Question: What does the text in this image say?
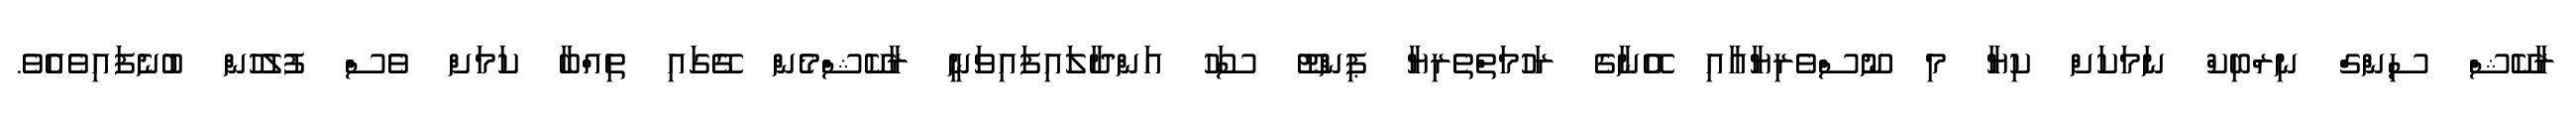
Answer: ރާކޭޝް ސިންގް ނިރްބިކް ނަމަކަށް ކިޔާ މި ނޫސްވެރިޔާއާއި އޭނާގެ ރަހުމަތްތެރިޔާ ޕިންޓޫ ސަހޫ އަންދާލައިފައިވަނީ ރާކޭޝްމެން ގޭގައި ތިއްބާ ކަމަށް ވެސް ފުލުހުން ބުނެފައިވެއެވެ.